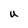
Character: U